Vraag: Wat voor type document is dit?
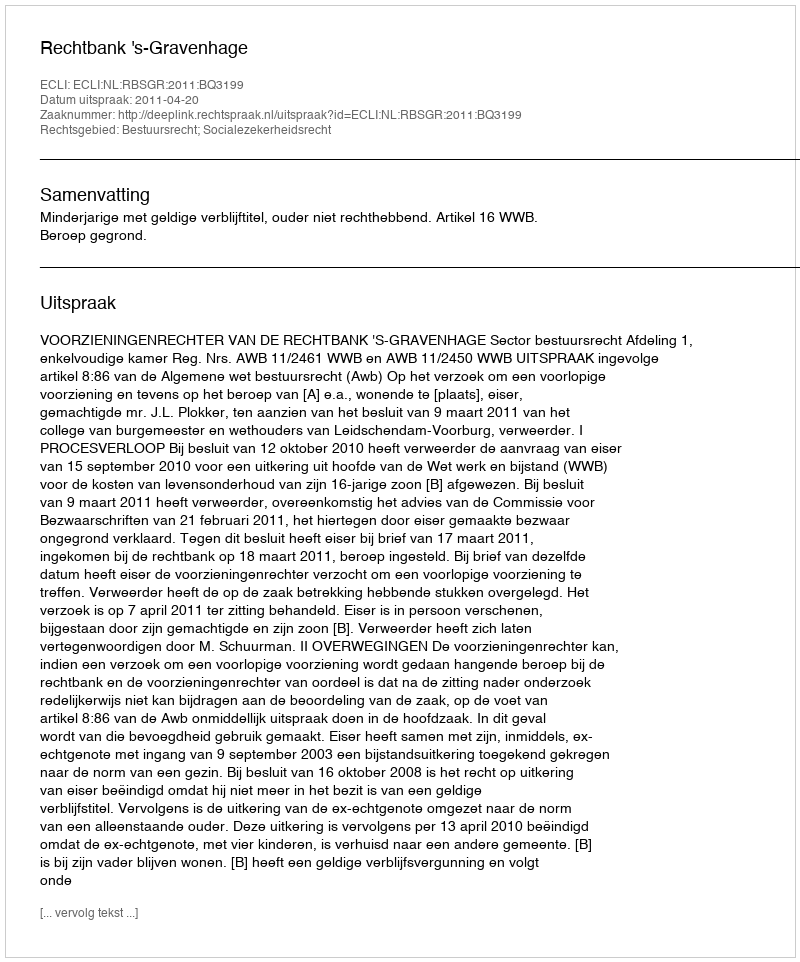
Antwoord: Uitspraak